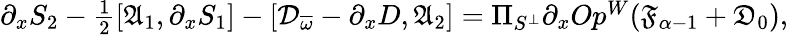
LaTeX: \begin{array}{r}{\partial_{x}S_{2}-\frac{1}{2}[\mathfrak{A}_{1},\partial_{x}S_{1}]-[\mathcal{D}_{\overline{{\omega}}}-\partial_{x}D,\mathfrak{A}_{2}]=\Pi_{S^{\perp}}\partial_{x}Op^{W}(\mathfrak{F}_{\alpha-1}+\mathfrak{D}_{0}),}\end{array}